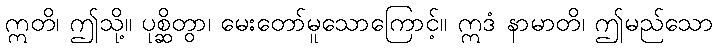
ဣတိ၊ ဤသို့။ ပုစ္ဆိတွာ၊ မေးတော်မူသောကြောင့်။ ဣဒံ နာမာတိ၊ ဤမည်သော